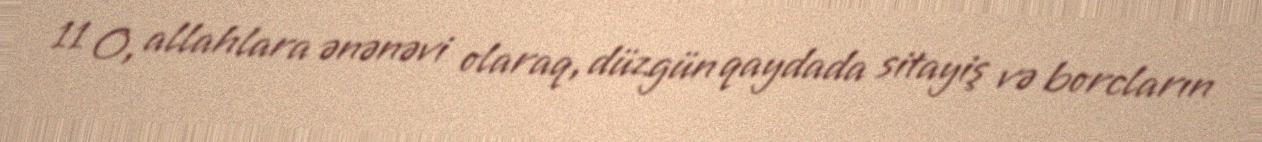
11 O, allahlara ənənəvi olaraq, düzgün qaydada sitayiş və borcların